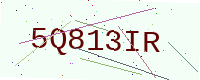
Text: 5Q813IR